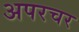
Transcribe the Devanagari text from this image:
अपरचर